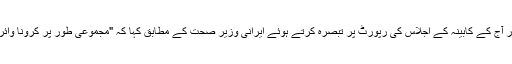
صدر روحانی نے ایرانی وزیر صحت کی پیش کردہ رپورٹ اور آج کے کابینہ کے اجلاس کی رپورٹ پر تبصرہ کرتے ہوئے ایرانی وزیر صحت کے مطابق کہا کہ "مجموعی طور پر کرونا وائرس سے متعلق ملک کی صورتحال گزشتہ ہفتے سے بہتر ہے"۔